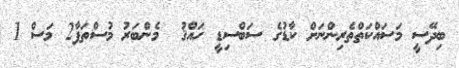
ބިދޭސީ މަސައްކަތްތެރިންނަށް ކާޑުގެ ސަބްސިޑީ ހައްޤު  މެންބަރު މުސްތަފާ2 މަސް 1